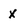
Character: x